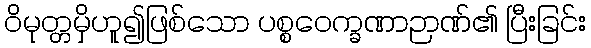
ဝိမုတ္တမှိဟူ၍ဖြစ်သော ပစ္စဝေက္ခဏာဉာဏ်၏ ပြီးခြင်း